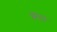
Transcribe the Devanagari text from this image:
झड़ा